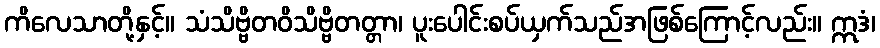
ကိလေသာတို့နှင့်။ သံသိဗ္ဗိတဝိသိဗ္ဗိတတ္တာ၊ ပူးပေါင်းစပ်ယှက်သည်အဖြစ်ကြောင့်လည်း။ ဣဒံ၊